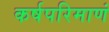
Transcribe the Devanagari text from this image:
कर्षपरिमाणं